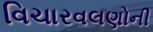
વિચારવલણોની